Problem: 11 + 39 = ?
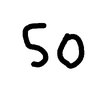
Handwritten answer: 50